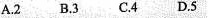
A.2B.3C.4D.5